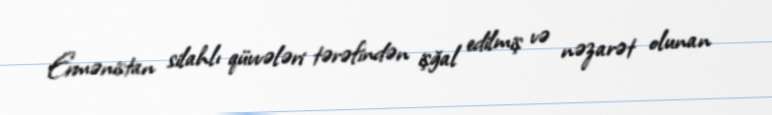
Ermənistan silahlı qüvvələri tərəfindən işğal edilmiş və nəzarət olunan